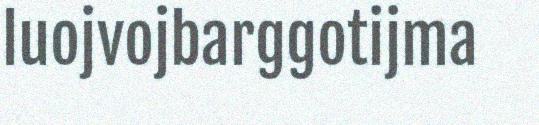
luojvojbarggotijma